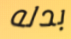
بدله